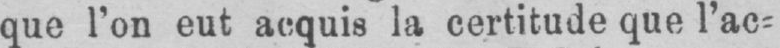
que l’on eut acquis la certitude que l’ac⸗